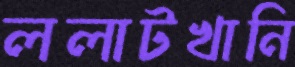
ললাটখানি